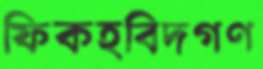
ফিকহবিদগণ